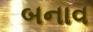
બનાવ